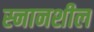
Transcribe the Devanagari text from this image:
स्नानशील